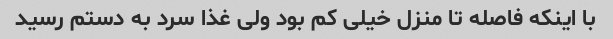
با اینکه فاصله تا منزل خیلی کم بود ولی غذا سرد به دستم رسید